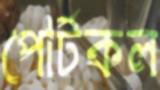
পোর্টকল